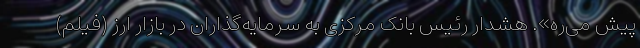
پیش می‌ره». هشدار رئیس بانک مرکزی به سرمایه‌گذاران در بازار ارز (فیلم)